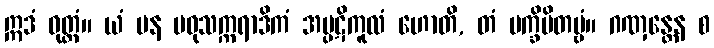
ဣဒံ ဝုတ္တံ။ ယံ ပန မဓုသက္ကရာဒိကံ အပ္ပဋိကူလံ ဟောတိ, တံ ပက္ခိပိတဗ္ဗံ။ ဂဏှန္တေန စ